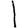
Digit: 1